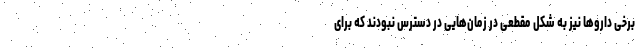
برخی داروها نیز به شکل مقطعی در زمان‌هایی در دسترس نبودند که برای